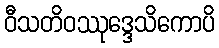
ဝီသတိဝဿုဒ္ဒေသိကောပိ